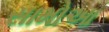
સામોઆ